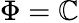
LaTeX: \Phi=\mathbb{C}